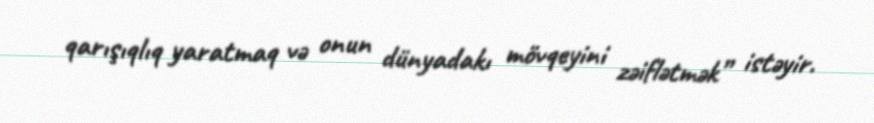
qarışıqlıq yaratmaq və onun dünyadakı mövqeyini zəiflətmək” istəyir.